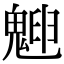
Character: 𩳱